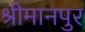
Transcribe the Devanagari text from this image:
श्रीमानपुर